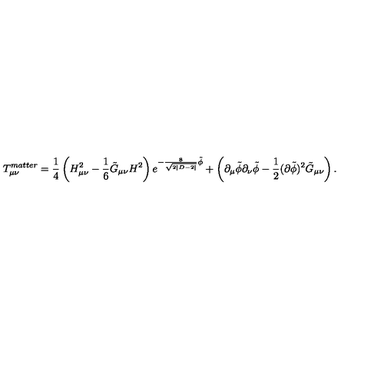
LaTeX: T _ { \mu \nu } ^ { m a t t e r } = \frac { 1 } { 4 } \left( H _ { \mu \nu } ^ { 2 } - \frac { 1 } { 6 } \tilde { G } _ { \mu \nu } H ^ { 2 } \right) e ^ { - \frac { 8 } { \sqrt { 2 | D - 2 | } } \tilde { \phi } } + \left( \partial _ { \mu } \tilde { \phi } \partial _ { \nu } \tilde { \phi } - \frac { 1 } { 2 } ( \partial \tilde { \phi } ) ^ { 2 } \tilde { G } _ { \mu \nu } \right) .